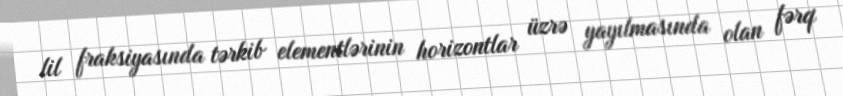
lil fraksiyasında tərkib elementlərinin horizontlar üzrə yayılmasında olan fərq